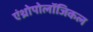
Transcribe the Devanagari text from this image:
एंथ्रोपोलॉजिकल